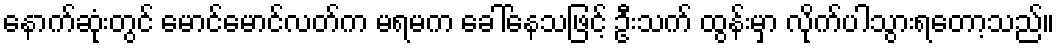
နောက်ဆုံးတွင် မောင်မောင်လတ်က မရမက ခေါ်နေသဖြင့် ဦးသက် ထွန်းမှာ လိုက်ပါသွားရတော့သည်။